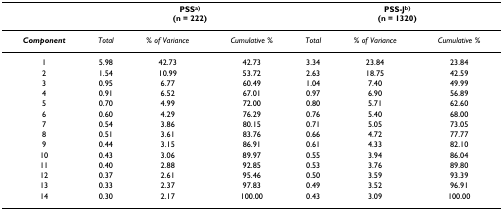
<table><thead><tr><td></td><td colspan="3"><b>PSS<sup>a)</sup>(n = 222)</b></td><td colspan="3"><b>PSS-J<sup>b)</sup>(n = 1320)</b></td></tr></thead><tbody><tr><td><b><i>Component</i></b></td><td><i>Total</i></td><td><i>% of Variance</i></td><td><i>Cumulative %</i></td><td><i>Total</i></td><td><i>% of Variance</i></td><td><i>Cumulative %</i></td></tr><tr><td>1</td><td>5.98</td><td>42.73</td><td>42.73</td><td>3.34</td><td>23.84</td><td>23.84</td></tr><tr><td>2</td><td>1.54</td><td>10.99</td><td>53.72</td><td>2.63</td><td>18.75</td><td>42.59</td></tr><tr><td>3</td><td>0.95</td><td>6.77</td><td>60.49</td><td>1.04</td><td>7.40</td><td>49.99</td></tr><tr><td>4</td><td>0.91</td><td>6.52</td><td>67.01</td><td>0.97</td><td>6.90</td><td>56.89</td></tr><tr><td>5</td><td>0.70</td><td>4.99</td><td>72.00</td><td>0.80</td><td>5.71</td><td>62.60</td></tr><tr><td>6</td><td>0.60</td><td>4.29</td><td>76.29</td><td>0.76</td><td>5.40</td><td>68.00</td></tr><tr><td>7</td><td>0.54</td><td>3.86</td><td>80.15</td><td>0.71</td><td>5.05</td><td>73.05</td></tr><tr><td>8</td><td>0.51</td><td>3.61</td><td>83.76</td><td>0.66</td><td>4.72</td><td>77.77</td></tr><tr><td>9</td><td>0.44</td><td>3.15</td><td>86.91</td><td>0.61</td><td>4.33</td><td>82.10</td></tr><tr><td>10</td><td>0.43</td><td>3.06</td><td>89.97</td><td>0.55</td><td>3.94</td><td>86.04</td></tr><tr><td>11</td><td>0.40</td><td>2.88</td><td>92.85</td><td>0.53</td><td>3.76</td><td>89.80</td></tr><tr><td>12</td><td>0.37</td><td>2.61</td><td>95.46</td><td>0.50</td><td>3.59</td><td>93.39</td></tr><tr><td>13</td><td>0.33</td><td>2.37</td><td>97.83</td><td>0.49</td><td>3.52</td><td>96.91</td></tr><tr><td>14</td><td>0.30</td><td>2.17</td><td>100.00</td><td>0.43</td><td>3.09</td><td>100.00</td></tr></tbody></table>